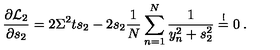
\frac { \partial { \cal L } _ { 2 } } { \partial s _ { 2 } } = 2 \Sigma ^ { 2 } t s _ { 2 } - 2 s _ { 2 } \frac { 1 } { N } \sum _ { n = 1 } ^ { N } \frac { 1 } { y _ { n } ^ { 2 } + s _ { 2 } ^ { 2 } } \stackrel { ! } { = } 0 \: .